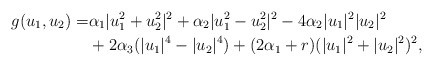
\begin{align*}g(u_1,u_2)=& \alpha_1 |u_1^2+u_2^2|^2 + \alpha_2 |u_1^2-u_2^2|^2 -4\alpha_2 |u_1|^2|u_2|^2 \\&+2\alpha_3 (|u_1|^4-|u_2|^4) + (2\alpha_1 + r) (|u_1|^2+|u_2|^2)^2,\end{align*}